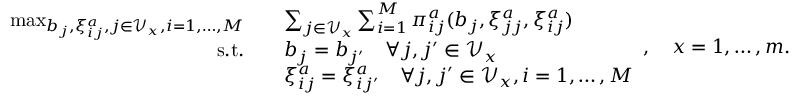
\begin{array} { r l } { \operatorname* { m a x } _ { b _ { j } , \xi _ { i j } ^ { a } , j \in \mathcal { V } _ { x } , i = 1 , \dots , M } \quad } & { \sum _ { j \in \mathcal { V } _ { x } } \sum _ { i = 1 } ^ { M } \pi _ { i j } ^ { a } ( b _ { j } , \xi _ { j j } ^ { a } , \xi _ { i j } ^ { a } ) } \\ { \mathrm { s . t . } \quad } & { b _ { j } = b _ { j ^ { \prime } } \quad \forall j , j ^ { \prime } \in \mathcal { V } _ { x } } \\ & { \xi _ { i j } ^ { a } = \xi _ { i j ^ { \prime } } ^ { a } \quad \forall j , j ^ { \prime } \in \mathcal { V } _ { x } , i = 1 , \dots , M } \end{array} , \quad x = 1 , \dots , m .